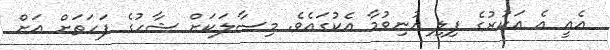
އެއީ އެ އަކުރުގެ ފިލި އުނިވުމާ އެކުގައެވެ. މިސާލަކަށް ޝާހުގެ ފަހަތަށް އަށް